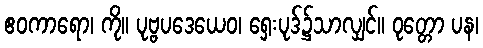
ဧဝကာရော၊ ကို။ ပုဗ္ဗပဒေယေဝ၊ ရှေးပုဒ်၌သာလျှင်။ ဝုတ္တော ပန၊